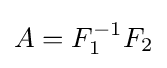
A=F_{1}^{-1}F_{2}